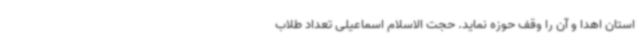
استان اهدا و آن را وقف حوزه نماید. حجت الاسلام اسماعیلی تعداد طلاب